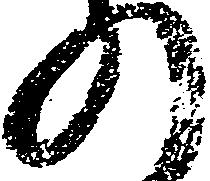
の